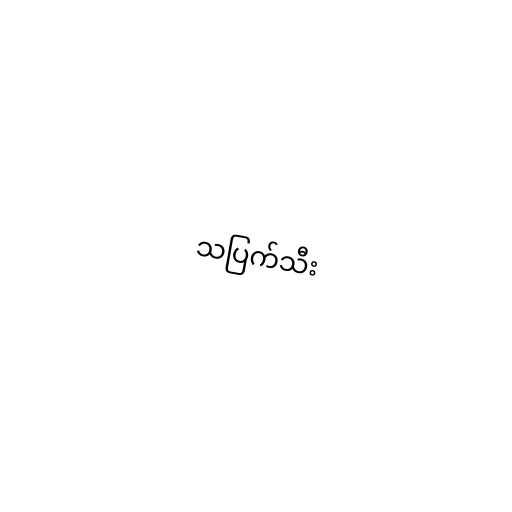
သပြက်သီး